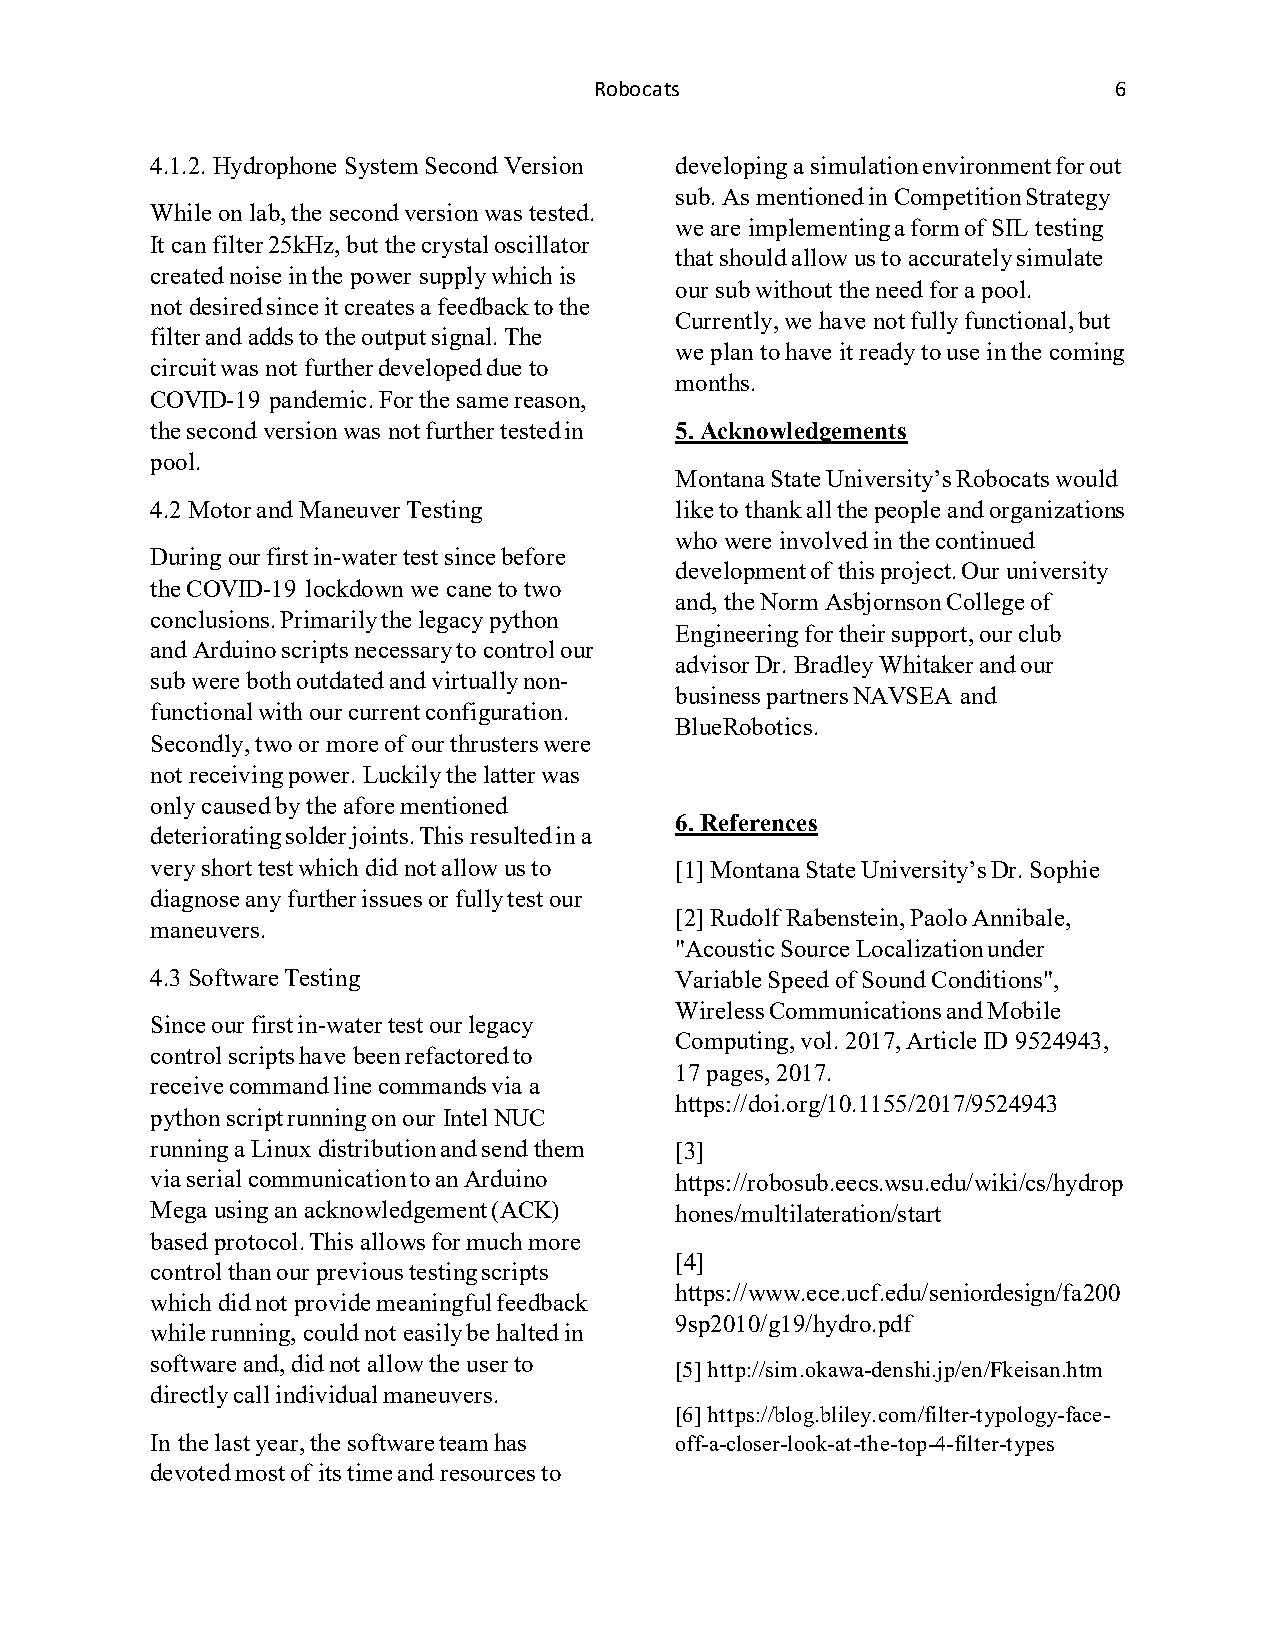
Robocats                           6
 4.1.2. Hydrophone System Second Version developing a simulation environment for out
 sub. As mentioned in Competition Strategy
 While on lab, the second version was tested.
 we are implementing a form of SIL testing
 It can filter 25kHz, but the crystal oscillator
 that should allow us to accurately simulate
 created noise in the power supply which is
 our sub without the need for a pool.
 not desired since it creates a feedback to the
 Currently, we have not fully functional, but
 filter and adds to the output signal. The
 we plan to have it ready to use in the coming
 circuit was not further developed due to
 months.
 COVID-19 pandemic. For the same reason,
 the second version was not further tested in 5. Acknowledgements
 pool.
 Montana State University’s Robocats would
 4.2 Motor and Maneuver Testing     like to thank all the people and organizations
 who were involved in the continued
 During our first in-water test since before
 development of this project. Our university
 the COVID-19 lockdown we cane to two
 and, the Norm Asbjornson College of
 conclusions. Primarily the legacy python
 Engineering for their support, our club
 and Arduino scripts necessary to control our
 advisor Dr. Bradley Whitaker and our
 sub were both outdated and virtually non-
 business partners NAVSEA and
 functional with our current configuration.
 BlueRobotics.
 Secondly, two or more of our thrusters were
 not receiving power. Luckily the latter was
 only caused by the afore mentioned
 6. References
 deteriorating solder joints. This resulted in a
 very short test which did not allow us to [1] Montana State University’s Dr. Sophie
 diagnose any further issues or fully test our
 [2] Rudolf Rabenstein, Paolo Annibale,
 maneuvers.
 "Acoustic Source Localization under
 4.3 Software Testing               Variable Speed of Sound Conditions",
 Wireless Communications and Mobile
 Since our first in-water test our legacy
 Computing, vol. 2017, Article ID 9524943,
 control scripts have been refactored to
 17 pages, 2017.
 receive command line commands via a
 https://doi.org/10.1155/2017/9524943
 python script running on our Intel NUC
 running a Linux distribution and send them [3]
 via serial communication to an Arduino https://robosub.eecs.wsu.edu/wiki/cs/hydrop
 Mega using an acknowledgement (ACK) hones/multilateration/start
 based protocol. This allows for much more
 [4]
 control than our previous testing scripts
 https://www.ece.ucf.edu/seniordesign/fa200
 which did not provide meaningful feedback
 9sp2010/g19/hydro.pdf
 while running, could not easily be halted in
 software and, did not allow the user to
 [5] http://sim.okawa-denshi.jp/en/Fkeisan.htm
 directly call individual maneuvers.
 [6] https://blog.bliley.com/filter-typology-face-
 In the last year, the software team has off-a-closer-look-at-the-top-4-filter-types
 devoted most of its time and resources to